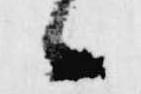
候